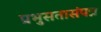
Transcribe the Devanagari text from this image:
प्रभुसतासंपन्न